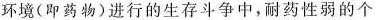
环境(即药物)进行的生在斗争中，耐药性弱的个的